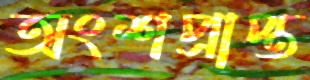
অংশপ্রাপ্ত